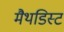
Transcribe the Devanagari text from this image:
मैथडिस्ट